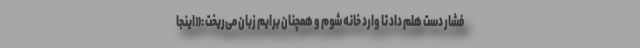
فشار دست هلم داد تا وارد خانه شوم و همچنان برایم زبان می‌ریخت :«اینجا